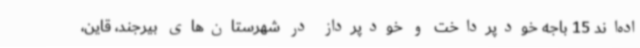
اده‌اند 15 باجه خودپرداخت و خودپرداز در شهرستان‌های بیرجند، قاین،